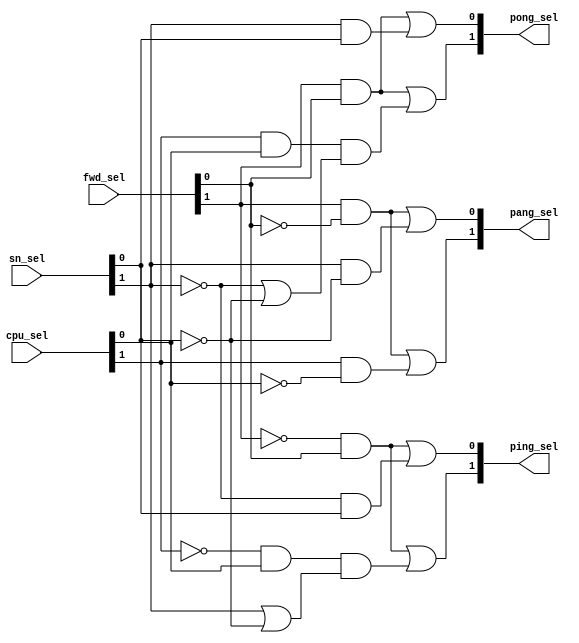
//Copyright 2020 Marco Merlini. This file is part of the fpga-bpf project,
//whose license information can be found at 
//https://github.com/UofT-HPRC/fpga-bpf/blob/master/LICENSE

`timescale 1ns / 1ps
/*
muxselinvert.v

I'm really going off the deep end here. I just spent like 30 minutes drawing 
K-maps like a schmuck! 

Open the file kmaps.html in your browser to see them for yourself
*/


module muxselinvert(
	input wire [1:0] sn_sel,
	input wire [1:0] cpu_sel,
	input wire [1:0] fwd_sel,
	
	output wire [1:0] ping_sel,
	output wire [1:0] pang_sel,
	output wire [1:0] pong_sel
);

assign ping_sel[1] = 	(~fwd_sel[1] & fwd_sel[0]) | (
						(~cpu_sel[1] & cpu_sel[0]) &
						 (sn_sel[1] | ~sn_sel[0])
						); 
assign ping_sel[0] = 	(~fwd_sel[1] & fwd_sel[0]) | 
						(~sn_sel[1] & sn_sel[0]);

assign pang_sel[1] =	(fwd_sel[1] & ~fwd_sel[0]) |
						(cpu_sel[1] & ~cpu_sel[0]);

assign pang_sel[0] =	(fwd_sel[1] & ~fwd_sel[0]) |
						(sn_sel[1] & ~sn_sel[0]);

assign pong_sel[1] = 	(fwd_sel[1] & fwd_sel[0]) | (
						(cpu_sel[1] & cpu_sel[0]) &
						 (~sn_sel[1] | ~sn_sel[0])
						); 

assign pong_sel[0] = 	(fwd_sel[1] & fwd_sel[0]) | 
						(sn_sel[1] & sn_sel[0]);
/*
Ping select bit 1 = F'W+C'P(S+N')

Ping select bit 0 = F'W+S'N

Pang select bit 1 = FW'+CP'

Pang select bit 0 = FW'+SN'

Pung select bit 1 = FW+CP(S'+N')

Pung select bit 0 = FW+SN

*/

endmodule